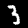
Digit: 3